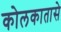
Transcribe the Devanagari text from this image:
कोलकातासे